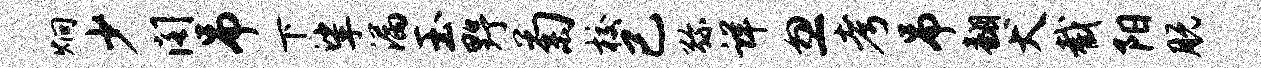
炯少阁吊下挲漏玉野菊校已弥详忽考吊翻犬截阳脱